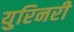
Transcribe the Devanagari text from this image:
युरिनरी